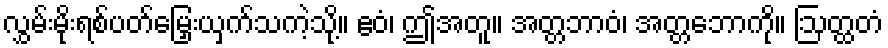
လွှမ်းမိုးရစ်ပတ်မြှေးယှက်သကဲ့သို့။ ဧဝံ၊ ဤအတူ။ အတ္တဘာဝံ၊ အတ္တဘောကို။ ဩတ္ထတံ